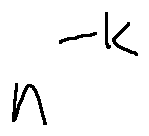
n ^ { - k }